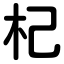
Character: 杞